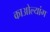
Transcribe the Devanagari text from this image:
काओल्यांग